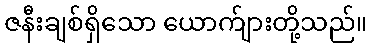
ဇနီးချစ်ရှိသော ယောက်ျားတို့သည်။